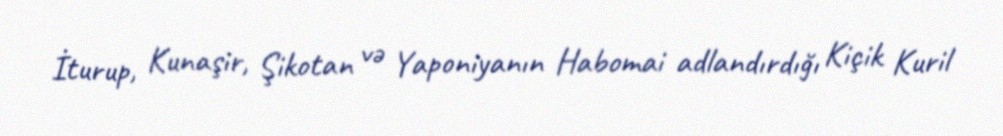
İturup, Kunaşir, Şikotan və Yaponiyanın Habomai adlandırdığı Kiçik Kuril